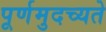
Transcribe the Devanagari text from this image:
पूर्णमुदच्यते